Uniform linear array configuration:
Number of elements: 48
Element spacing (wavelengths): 1
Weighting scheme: cosine
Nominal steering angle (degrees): -30
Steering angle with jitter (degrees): -30.528
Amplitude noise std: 0.05
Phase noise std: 0.05

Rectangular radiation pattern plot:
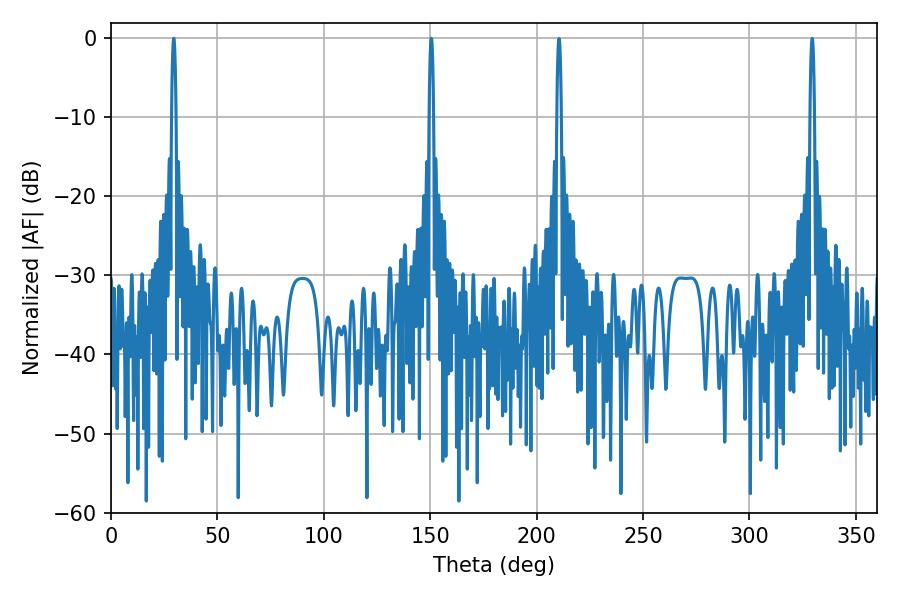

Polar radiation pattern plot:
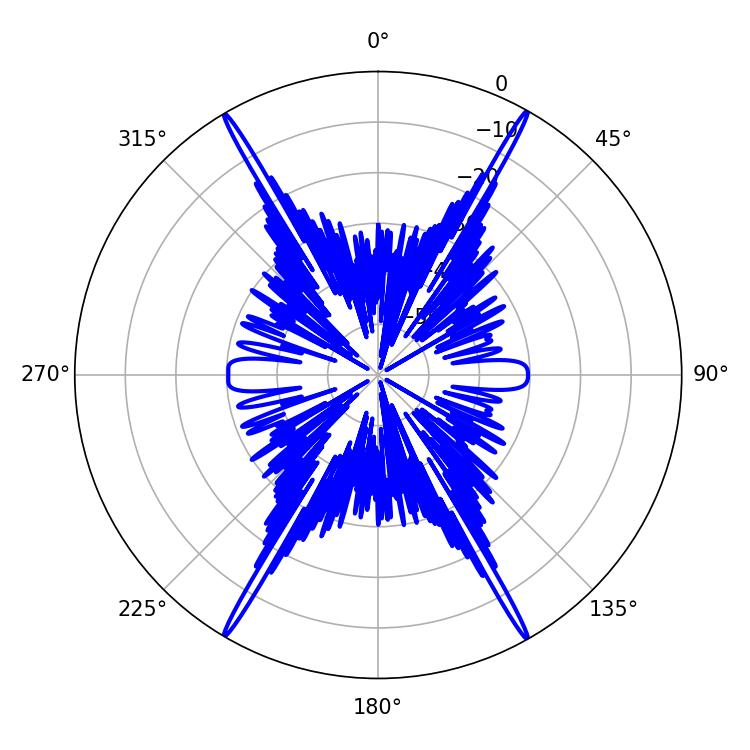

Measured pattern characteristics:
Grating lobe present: TRUE
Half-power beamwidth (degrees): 1.08
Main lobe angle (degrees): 29.52